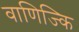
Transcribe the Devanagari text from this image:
वाणिज्कि